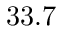
3 3 . 7